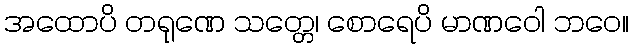
အထောပိ တရုဏေ သတ္တေ၊ စောရေပိ မာဏဝေါ ဘဝေ။